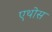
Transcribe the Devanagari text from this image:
एथोस